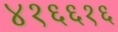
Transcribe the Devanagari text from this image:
४१६६१६